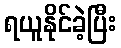
ရယူနိုင်ခဲ့ပြီး